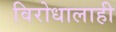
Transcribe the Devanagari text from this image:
विरोधालाही